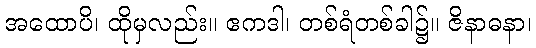
အထောပိ၊ ထိုမှလည်း။ ဧကဒါ၊ တစ်ရံတစ်ခါ၌။ ဇိနာဓနာ၊